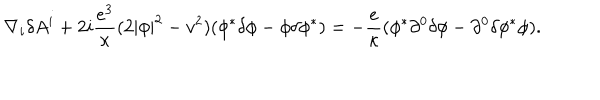
LaTeX: \nabla _ { i } \delta A ^ { i } + 2 i { \frac { e ^ { 3 } } { \kappa } } ( 2 | \phi | ^ { 2 } - v ^ { 2 } ) ( \phi ^ { * } \delta \phi - \phi \delta \phi ^ { * } ) = - { \frac { e } { \kappa } } ( \phi ^ { * } \partial ^ { 0 } \delta \phi - \partial ^ { 0 } \delta \phi ^ { * } \phi ) .